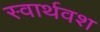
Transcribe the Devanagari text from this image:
स्वार्थवश